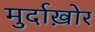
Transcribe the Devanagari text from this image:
मुर्दाख़ोर